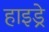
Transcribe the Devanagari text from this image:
हाइड्रे